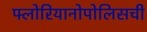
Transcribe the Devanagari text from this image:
फ्लोरियानोपोलिसची